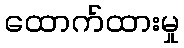
ထောက်ထားမှု